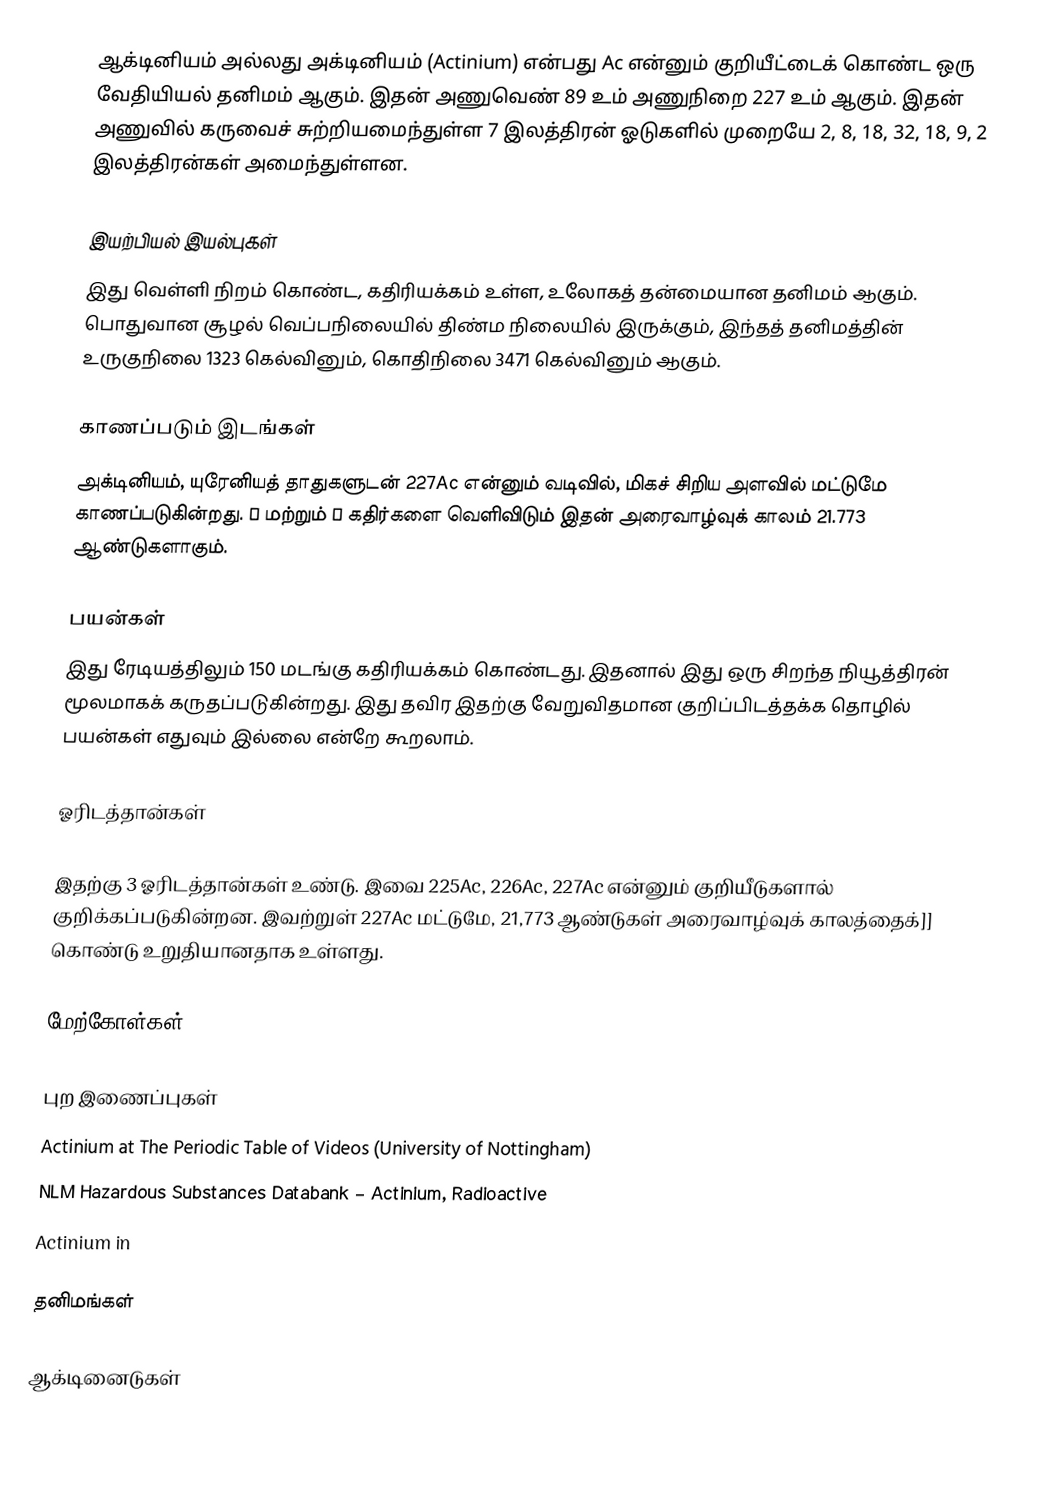
ஆக்டினியம் அல்லது அக்டினியம் (Actinium) என்பது Ac என்னும் குறியீட்டைக் கொண்ட ஒரு வேதியியல் தனிமம் ஆகும். இதன் அணுவெண் 89 உம் அணுநிறை 227 உம் ஆகும். இதன் அணுவில் கருவைச் சுற்றியமைந்துள்ள 7 இலத்திரன் ஓடுகளில் முறையே 2, 8, 18, 32, 18, 9, 2 இலத்திரன்கள் அமைந்துள்ளன.

இயற்பியல் இயல்புகள்
இது வெள்ளி நிறம் கொண்ட, கதிரியக்கம் உள்ள, உலோகத் தன்மையான தனிமம் ஆகும். பொதுவான சூழல் வெப்பநிலையில் திண்ம நிலையில் இருக்கும், இந்தத் தனிமத்தின் உருகுநிலை 1323 கெல்வினும், கொதிநிலை 3471 கெல்வினும் ஆகும்.

காணப்படும் இடங்கள்
அக்டினியம், யுரேனியத் தாதுகளுடன் 227Ac என்னும் வடிவில், மிகச் சிறிய அளவில் மட்டுமே காணப்படுகின்றது. α மற்றும் β கதிர்களை வெளிவிடும் இதன் அரைவாழ்வுக் காலம் 21.773 ஆண்டுகளாகும்.

பயன்கள்
இது ரேடியத்திலும் 150 மடங்கு கதிரியக்கம் கொண்டது. இதனால் இது ஒரு சிறந்த நியூத்திரன் மூலமாகக் கருதப்படுகின்றது. இது தவிர இதற்கு வேறுவிதமான குறிப்பிடத்தக்க தொழில் பயன்கள் எதுவும் இல்லை என்றே கூறலாம்.

ஓரிடத்தான்கள்

இதற்கு 3 ஓரிடத்தான்கள் உண்டு. இவை 225Ac, 226Ac, 227Ac என்னும் குறியீடுகளால் குறிக்கப்படுகின்றன. இவற்றுள் 227Ac மட்டுமே, 21,773 ஆண்டுகள் அரைவாழ்வுக் காலத்தைக்]] கொண்டு உறுதியானதாக உள்ளது.

மேற்கோள்கள்

புற இணைப்புகள்
 Actinium at The Periodic Table of Videos (University of Nottingham)
 NLM Hazardous Substances Databank – Actinium, Radioactive
 Actinium in

தனிமங்கள்

ஆக்டினைடுகள்